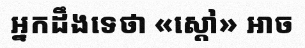
អ្នកដឹងទេថា «ស្តៅ» អាច